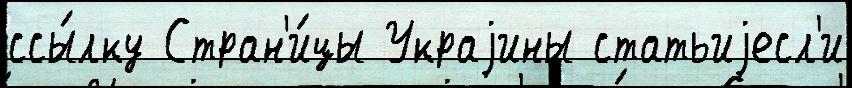
ссы́лку Стран'и́цы Украjины статьиjесл'и